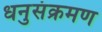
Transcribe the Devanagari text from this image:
धनुसंक्रमण